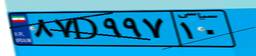
۷۶D۴۱۶۴۱